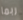
ربما